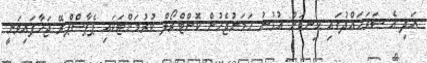
އަދި އެ ސަރަހައްދުގައި ހިނގަން އުޅުނު ހަމަނުޖެހުން ކޮންޓްރޯލް ކުރުމަށްޓަކައި ޕެޕާސްޕްރޭ ޖަހާފައިވަނީ